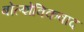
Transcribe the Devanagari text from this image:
बोल्शेविकवाद